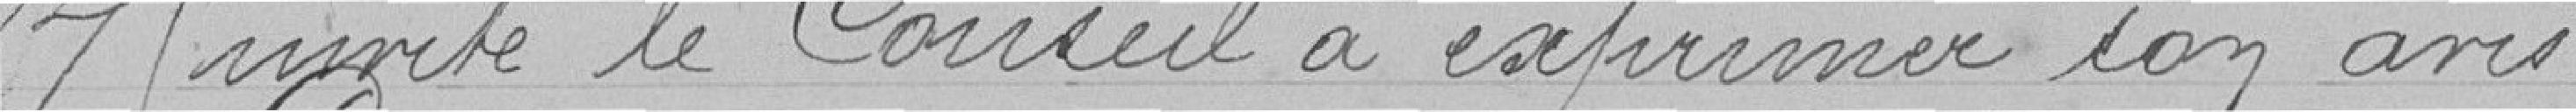
Il invite le Conseil à exprime son avis.